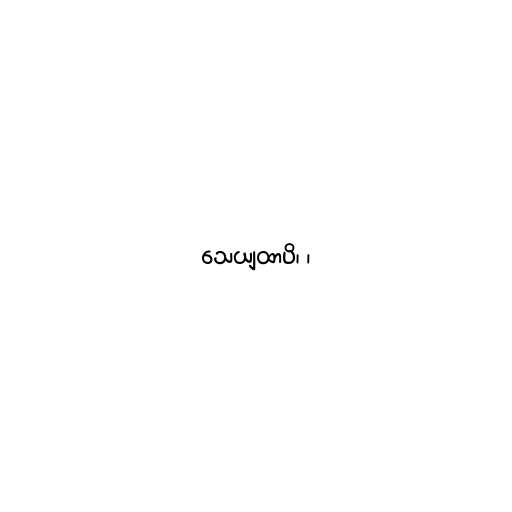
သေယျထာပိ၊ ၊